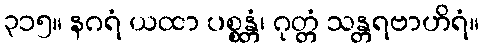
၃၁၅။ နဂရံ ယထာ ပစ္စန္တံ၊ ဂုတ္တံ သန္တရဗာဟိရံ။